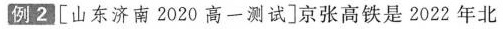
例2.[山东济南2020高一测试]京张高铁是2022年北